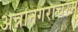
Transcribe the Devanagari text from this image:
अन्नानगराचरम